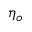
\eta _ { o }